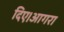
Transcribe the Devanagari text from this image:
दिए।आगरा